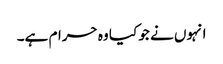
انہوں نے جو کیا وہ حرام ہے۔